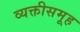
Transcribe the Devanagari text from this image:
व्यक्तीसमूह